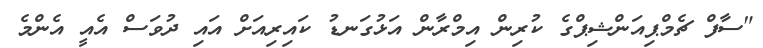
"ސާފް ޗެމްޕިއަންޝިޕްގެ ކުރިން އިމްރާން އަޅުގަނޑު ކައިރިއަށް އައި ދުވަސް އެއީ އެންމެ